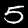
Digit: 5